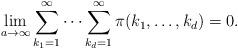
LaTeX: \begin{align*}\lim_{a\rightarrow\infty} \sum_{k_1=1}^\infty \dots\sum_{k_d=1}^\infty\pi(k_1,\dots ,k_d)=0.\end{align*}